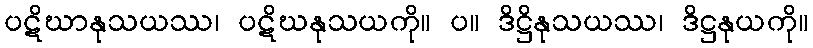
ပဋိဃာနုသယဿ၊ ပဋိဃနုသယကို။ ပ။ ဒိဋ္ဌိနုသယဿ၊ ဒိဋ္ဌနုယကို။